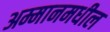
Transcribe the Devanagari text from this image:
अम्मानमधील